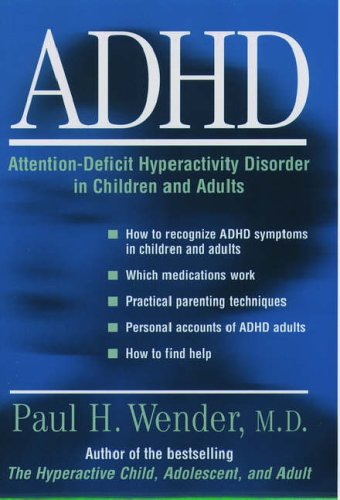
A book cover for ADHD: Attention-Deficit Hyperactivity Disorder in Children and Adults; Paul H. Wender; Parenting & Relationships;